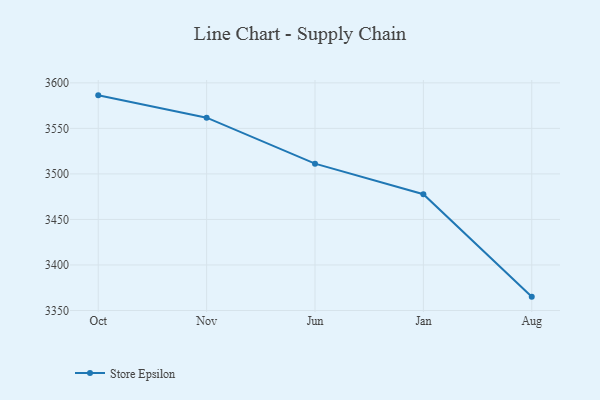
{"axis": {"x": "Month", "y": "Website Visitors"}, "legend": ["Store Epsilon"], "data": [{"x": "Oct", "y": 3586.3, "type": "Store Epsilon"}, {"x": "Nov", "y": 3561.8, "type": "Store Epsilon"}, {"x": "Jun", "y": 3511.3, "type": "Store Epsilon"}, {"x": "Jan", "y": 3477.7, "type": "Store Epsilon"}, {"x": "Aug", "y": 3365.2, "type": "Store Epsilon"}]}